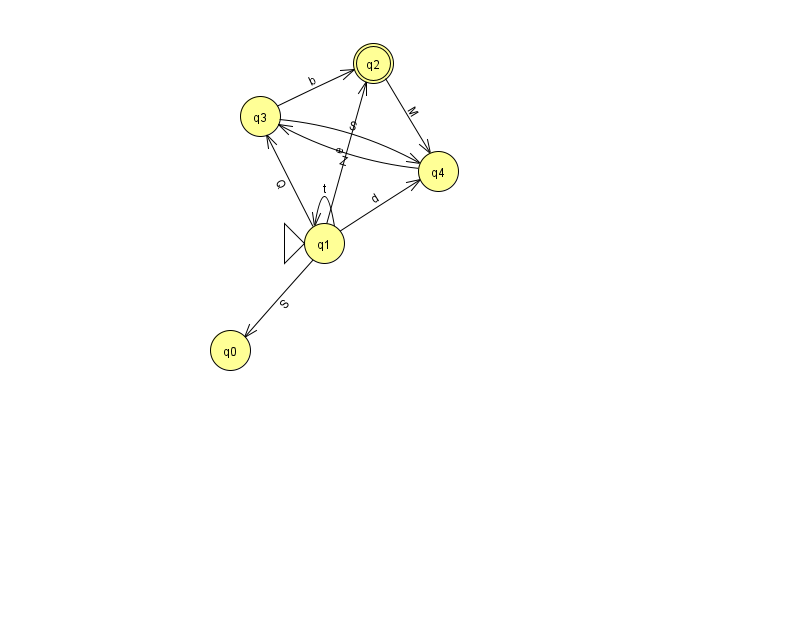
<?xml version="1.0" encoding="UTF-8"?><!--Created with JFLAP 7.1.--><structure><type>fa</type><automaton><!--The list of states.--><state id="0" name="q0"><x>230.0</x><y>337.0</y></state><state id="1" name="q1"><x>324.0</x><y>230.0</y><initial/></state><state id="2" name="q2"><x>373.0</x><y>50.0</y><final/></state><state id="3" name="q3"><x>260.0</x><y>103.0</y></state><state id="4" name="q4"><x>438.0</x><y>158.0</y></state><!--The list of transitions.--><transition><from>1</from><to>0</to><read>S</read></transition><transition><from>3</from><to>2</to><read>b</read></transition><transition><from>1</from><to>1</to><read>t</read></transition><transition><from>3</from><to>4</to><read>S</read></transition><transition><from>2</from><to>4</to><read>M</read></transition><transition><from>1</from><to>2</to><read>e</read></transition><transition><from>1</from><to>4</to><read>d</read></transition><transition><from>4</from><to>3</to><read>Z</read></transition><transition><from>1</from><to>3</to><read>Q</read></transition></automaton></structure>